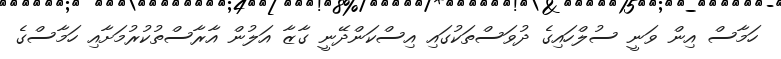
ހަމާސް އިން ވަނީ ސުލްހައިގެ ދުވަސްތަކުގައި އިސްކަންދޭނީ ގާޒާ އަލުން އާރާސްތުކުރުމަށާއި ހަމާސްގެ